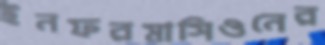
ইনফরমাসিওনের